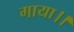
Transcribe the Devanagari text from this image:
गाया।।